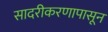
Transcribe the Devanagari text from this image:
सादरीकरणापासून